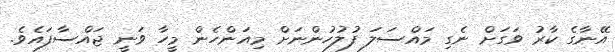
އޭނާގެ ކާރު ވަގަށް ނެގި މައްސަލަ ފުލުހުންނަށް މިއަންހެން މީހާ ވަނީ ޖައްސާފައެވެ.